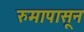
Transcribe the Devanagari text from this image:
रुमापासून